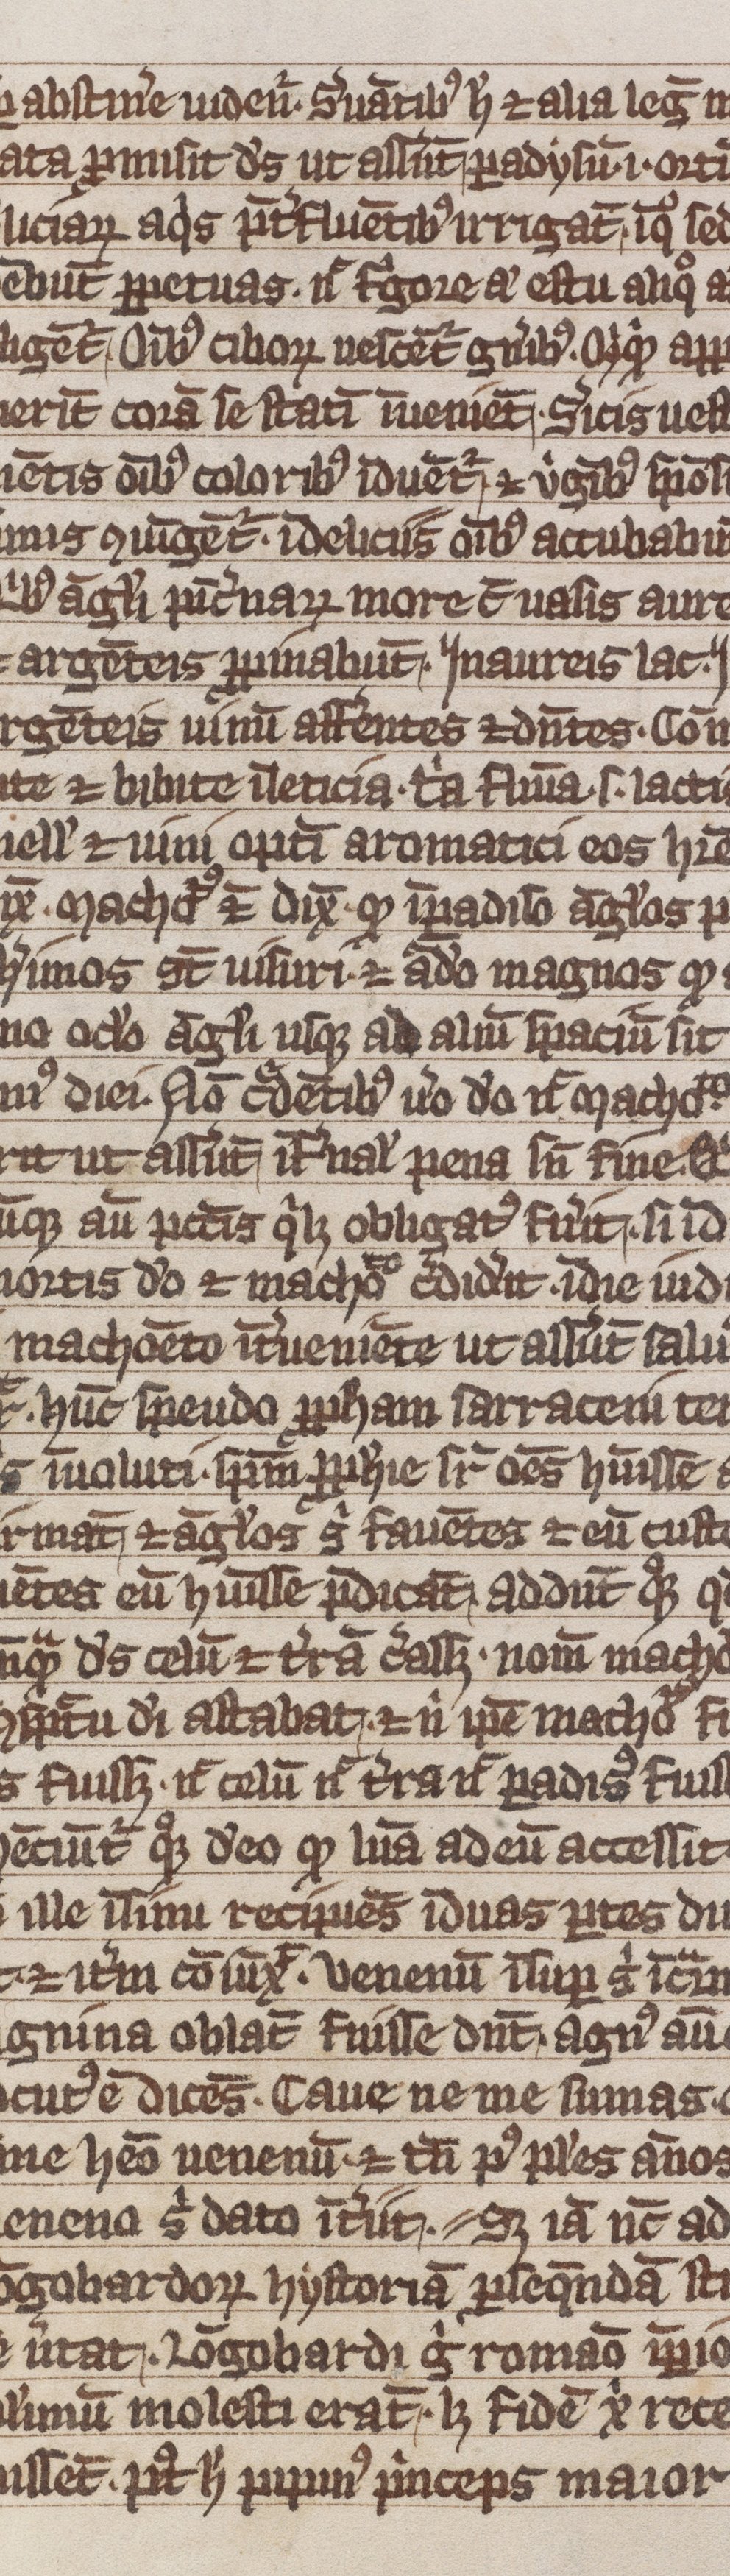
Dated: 1300–1399